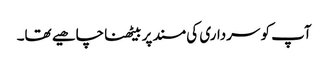
آپ کو سرداری کی مسند پر بیٹھنا چاھیے تھا۔